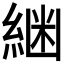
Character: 𮈟